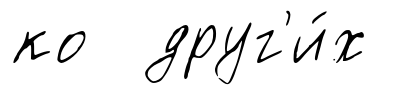
ко друг'и́х